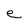
Character: e